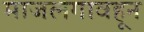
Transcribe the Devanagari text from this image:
माजलगावहून